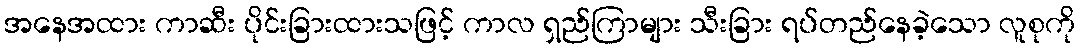
အနေအထား ကာဆီး ပိုင်းခြားထားသဖြင့် ကာလ ရှည်ကြာများ သီးခြား ရပ်တည်နေခဲ့သော လူစုကို